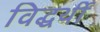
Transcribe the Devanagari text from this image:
विद्धर्थी